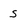
Character: s